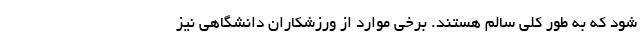
شود که به طور کلی سالم هستند. برخی موارد از ورزشکاران دانشگاهی نیز